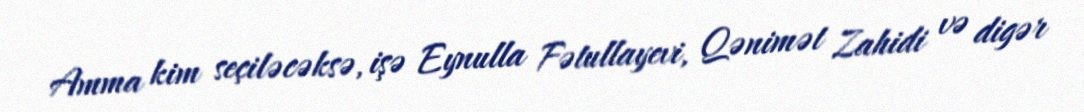
Amma kim seçiləcəksə, işə Eynulla Fətullayevi, Qənimət Zahidi və digər